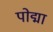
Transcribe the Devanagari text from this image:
पोद्मा